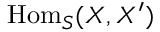
\mathrm { H o m } _ { S } ( X , X ^ { \prime } )